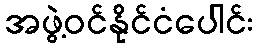
အဖွဲ့ဝင်နိုင်ငံပေါင်း